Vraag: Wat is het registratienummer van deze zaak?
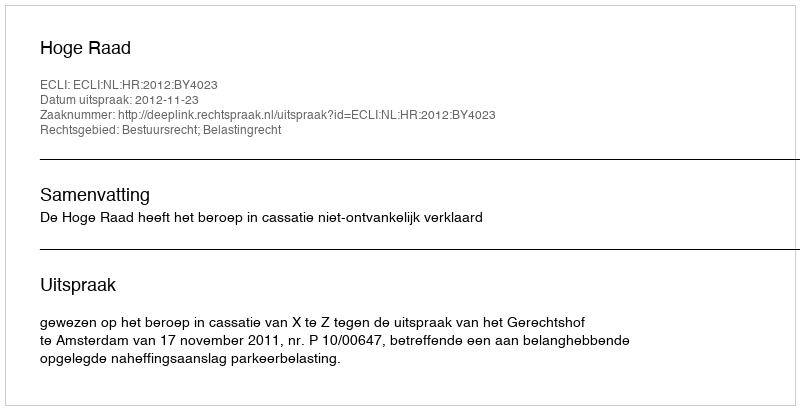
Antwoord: http://deeplink.rechtspraak.nl/uitspraak?id=ECLI:NL:HR:2012:BY4023